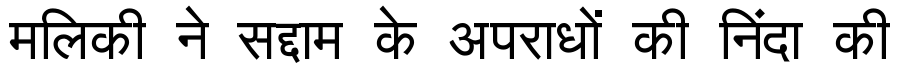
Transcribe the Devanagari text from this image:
मलिकी ने सद्दाम के अपराधों की निंदा की